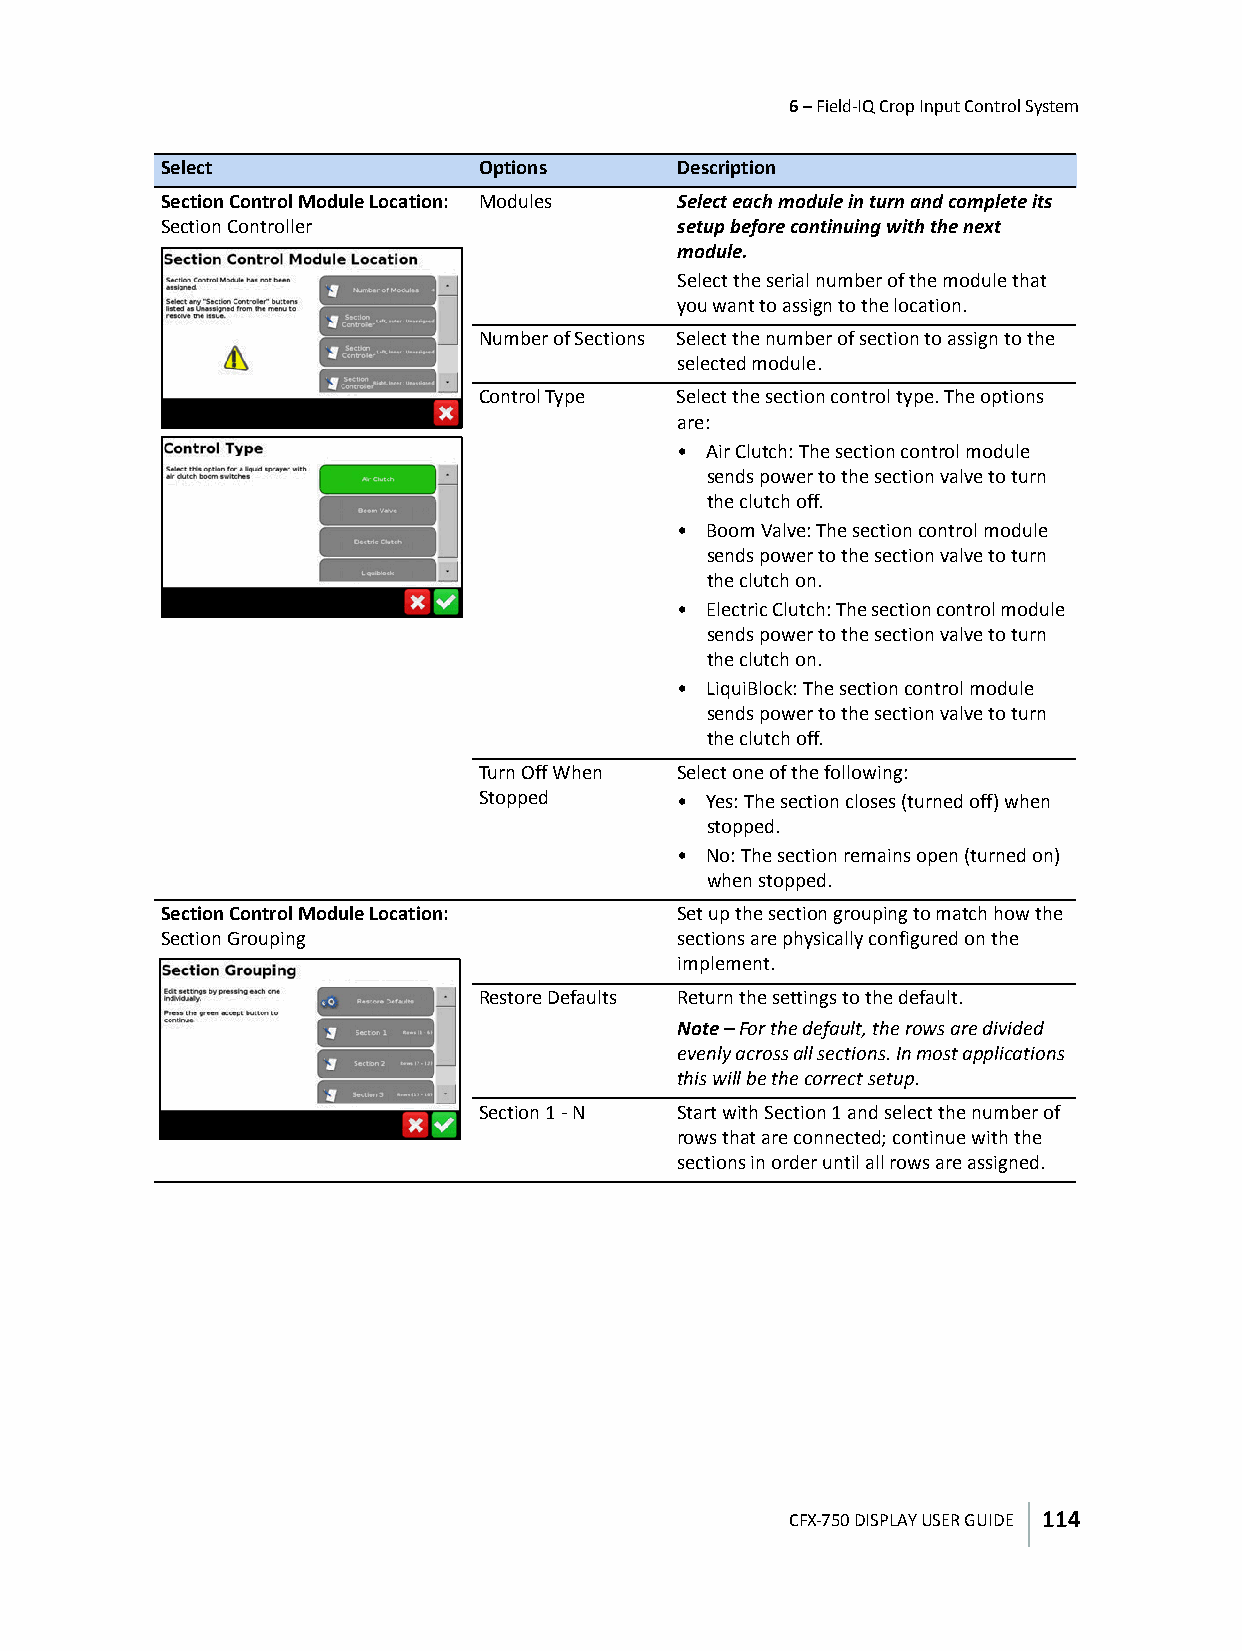
6 – Field-IQ Crop Input Control System
 Select               Options      Description
 Section Control Module Location: Modules Select each module in turn and complete its
 Section Controller                setup before continuing with the next
 module.
 Select the serial number of the module that
 you want to assign to the location.
 Number of Sections Select the number of section to assign to the
 selected module.
 Control Type Select the section control type. The options
 are:
 • Air Clutch: The section control module
 sends power to the section valve to turn
 the clutch off.
 • Boom Valve: The section control module
 sends power to the section valve to turn
 the clutch on.
 • Electric Clutch: The section control module
 sends power to the section valve to turn
 the clutch on.
 • LiquiBlock: The section control module
 sends power to the section valve to turn
 the clutch off.
 Turn Off When Select one of the following:
 Stopped      • Yes: The section closes (turned off) when
 stopped.
 • No: The section remains open (turned on)
 when stopped.
 Section Control Module Location:  Set up the section grouping to match how the
 Section Grouping                  sections are physically configured on the
 implement.
 Restore Defaults Return the settings to the default.
 Note – For the default, the rows are divided
 evenly across all sections. In most applications
 this will be the correct setup.
 Section 1 - N Start with Section 1 and select the number of
 rows that are connected; continue with the
 sections in order until all rows are assigned.
 CFX-750 DISPLAY USER GUIDE 114